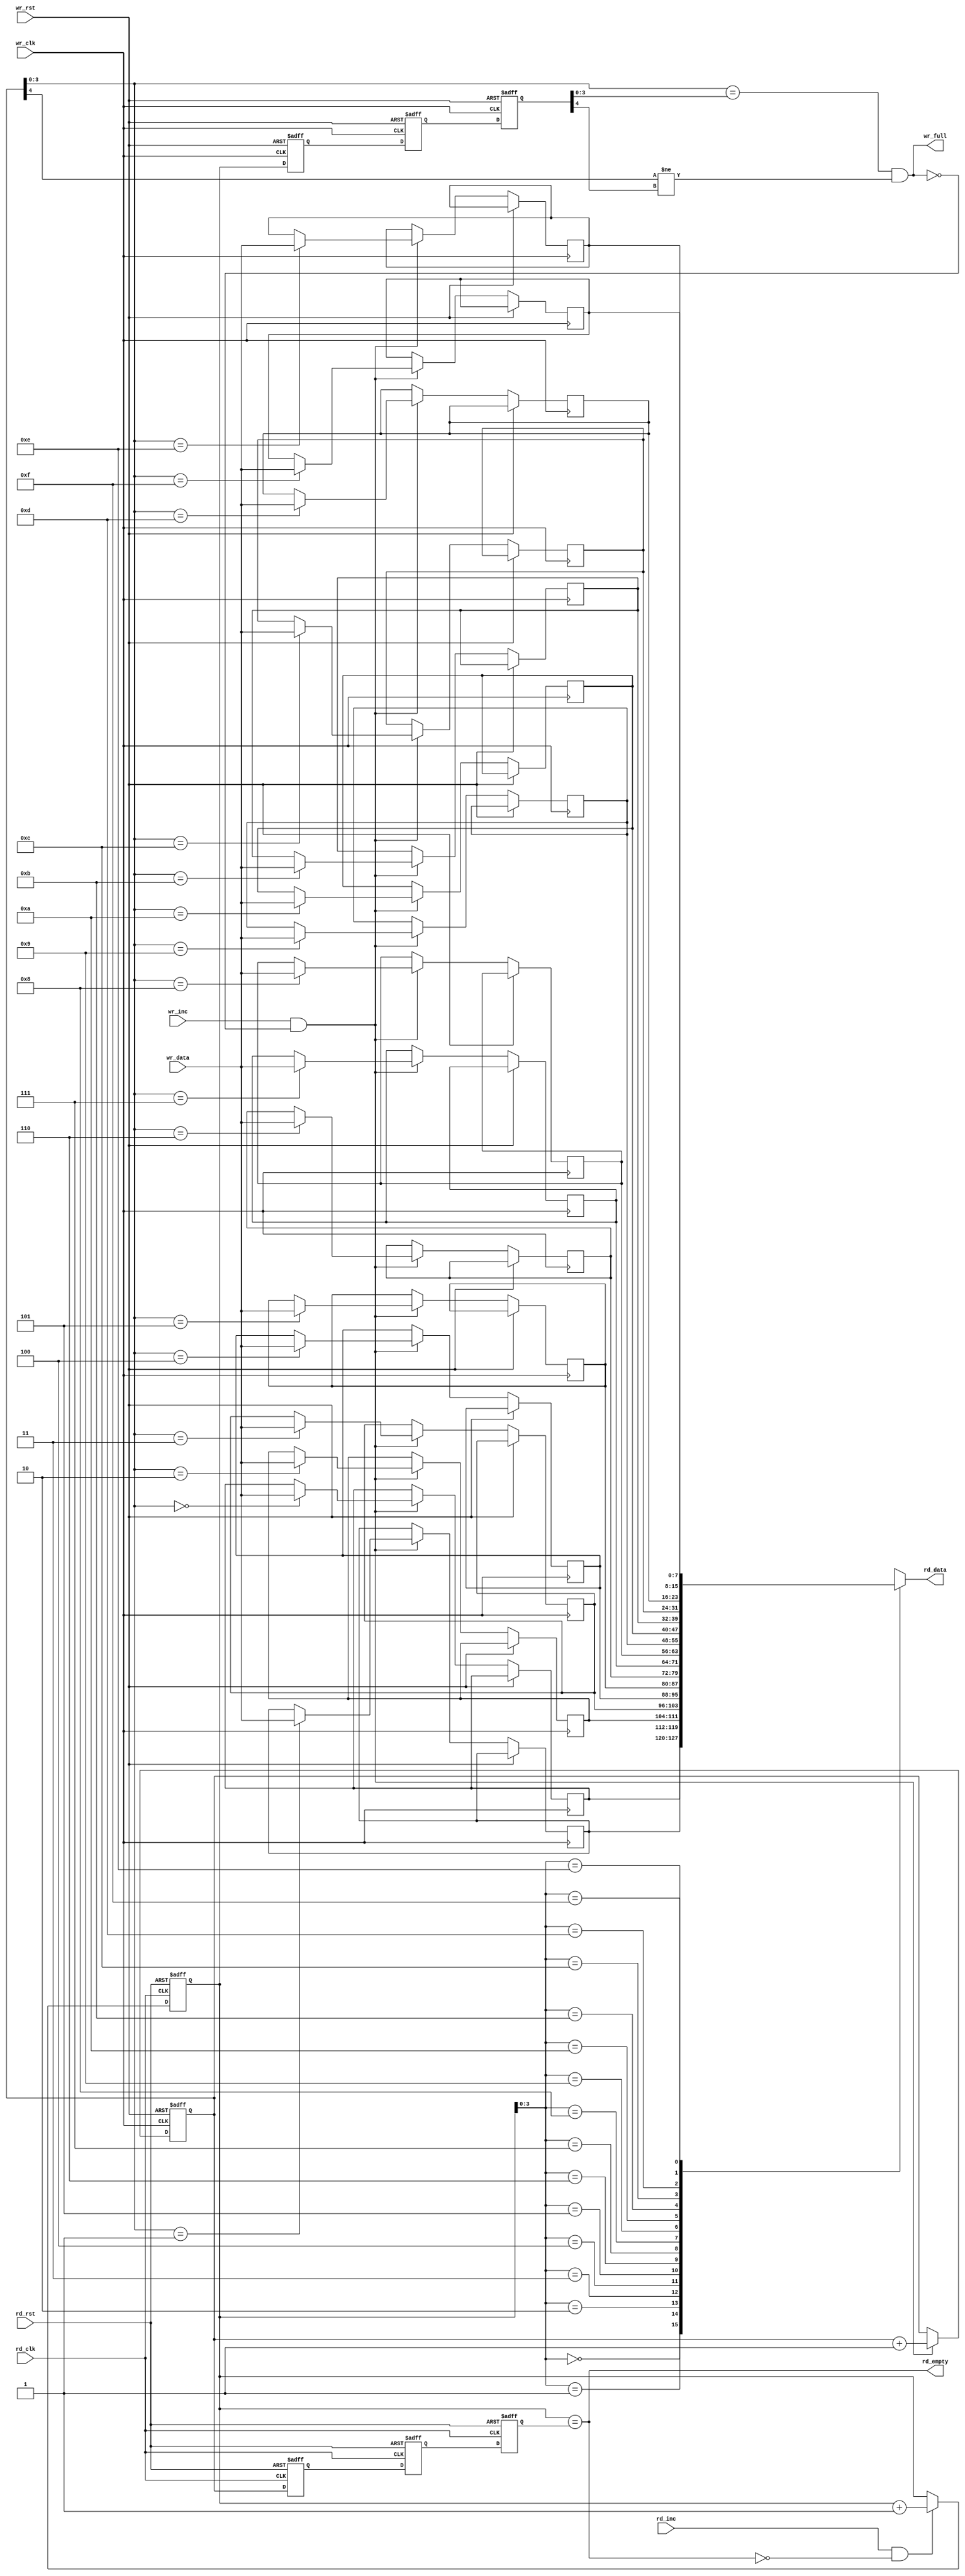
module beh_fifo #(
    parameter DSIZE = 8,
    parameter ASIZE = 4
    )(
    output [DSIZE-1:0] rd_data,
    output             wr_full,
    output             rd_empty,
    input  [DSIZE-1:0] wr_data,
    input              wr_inc, wr_clk, wr_rst,
    input              rd_inc, rd_clk, rd_rst
    );

localparam MEMDEPTH = 1<<ASIZE;
reg [DSIZE-1:0] ex_mem [0:MEMDEPTH-1];

reg [ASIZE:0] wr_ptr, wrptr1, wrptr2, wrptr3;
reg [ASIZE:0] rptr, rwr_ptr1, rwr_ptr2, rwr_ptr3;

always @(posedge wr_clk or posedge wr_rst) begin
    if (wr_rst) begin
        wr_ptr <= 0;
    end
    else if (wr_inc && !wr_full) begin
        ex_mem[wr_ptr[ASIZE-1:0]] <= wr_data;
        wr_ptr <= wr_ptr+1;
    end
end

always @(posedge wr_clk or posedge wr_rst) begin
    if (wr_rst) begin
        {wrptr3, wrptr2, wrptr1} <= 0;
    end
    else begin
        {wrptr3, wrptr2, wrptr1} <= {wrptr2, wrptr1, rptr};
    end
end

always @(posedge rd_clk or posedge rd_rst) begin
    if (rd_rst) begin
        rptr <= 0;
    end
    else if (rd_inc && !rd_empty) begin
        rptr <= rptr+1;
    end
end

always @(posedge rd_clk or posedge rd_rst) begin
    if (rd_rst) begin
        {rwr_ptr3, rwr_ptr2, rwr_ptr1} <= 0;
    end
    else begin
        {rwr_ptr3, rwr_ptr2, rwr_ptr1} <= {rwr_ptr2, rwr_ptr1, wr_ptr};
    end
end

assign rd_data = ex_mem[rptr[ASIZE-1:0]];
assign rd_empty = (rptr == rwr_ptr3);
assign wr_full = ((wr_ptr[ASIZE-1:0] == wrptr3[ASIZE-1:0]) &&
                (wr_ptr[ASIZE]     != wrptr3[ASIZE]));

endmodule